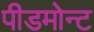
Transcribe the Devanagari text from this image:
पीडमोन्ट